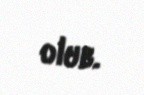
olub.